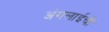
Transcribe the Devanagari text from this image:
अंगलाईची